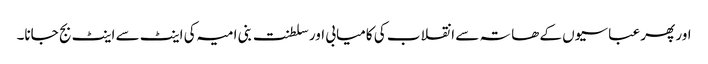
اور پھر عباسیوں کے ھاتہ سے انقلاب کی کامیابی اور سلطنت بنی امیہ کی اینٹ سے اینٹ بج جانا۔